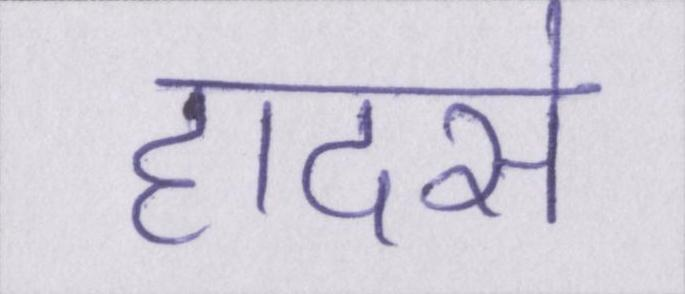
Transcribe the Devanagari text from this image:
हादसे